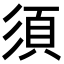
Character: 須